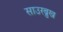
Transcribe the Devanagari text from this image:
साउरब्रुख